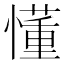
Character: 懂